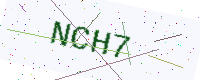
Text: NCH7